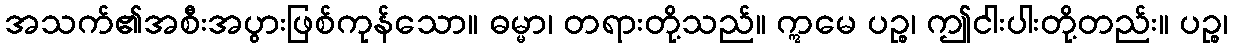
အသက်၏အစီးအပွားဖြစ်ကုန်သော။ ဓမ္မာ၊ တရားတို့သည်။ ဣမေ ပဉ္စ၊ ဤငါးပါးတို့တည်း။ ပဉ္စ၊